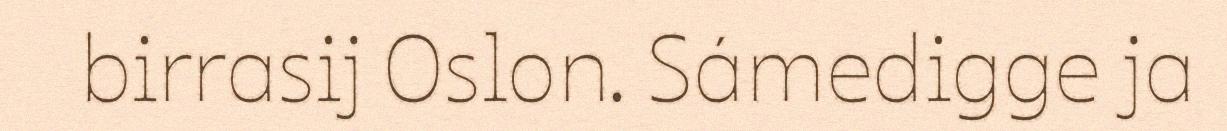
birrasij Oslon. Sámedigge ja